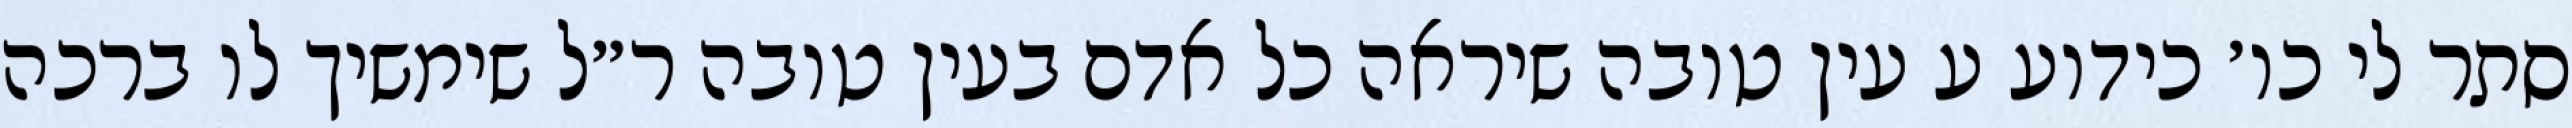
סתר לי כו׳ כידוע ע עין טובה שיראה כל אדם בעין טובה ר״ל שימשיך לו ברכה